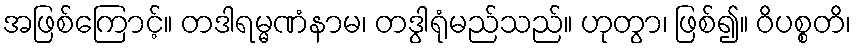
အဖြစ်ကြောင့်။ တဒါရမ္မဏံနာမ၊ တဒွါရုံမည်သည်။ ဟုတွာ၊ ဖြစ်၍။ ဝိပစ္စတိ၊